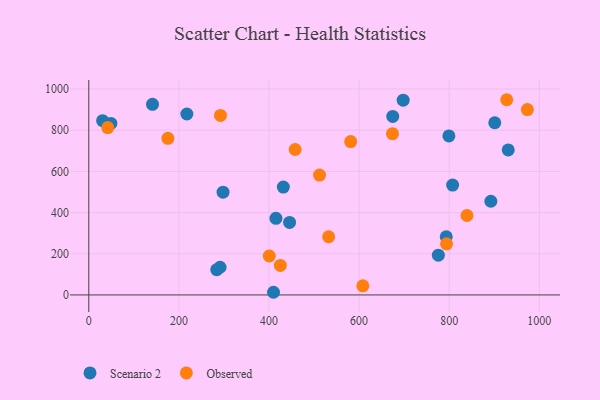
{"axis": {"x": "Study Hours", "y": "Demand"}, "legend": ["Observed", "Scenario 2"], "data": [{"x": "793.4", "y": 282.3, "type": "Scenario 2"}, {"x": "284.0", "y": 122.8, "type": "Scenario 2"}, {"x": "298.0", "y": 498.8, "type": "Scenario 2"}, {"x": "807.6", "y": 533.3, "type": "Scenario 2"}, {"x": "49.0", "y": 833.0, "type": "Scenario 2"}, {"x": "141.4", "y": 925.4, "type": "Scenario 2"}, {"x": "799.3", "y": 772.0, "type": "Scenario 2"}, {"x": "901.1", "y": 836.1, "type": "Scenario 2"}, {"x": "410.0", "y": 12.9, "type": "Scenario 2"}, {"x": "445.7", "y": 352.0, "type": "Scenario 2"}, {"x": "415.4", "y": 371.8, "type": "Scenario 2"}, {"x": "674.7", "y": 866.8, "type": "Scenario 2"}, {"x": "30.7", "y": 846.0, "type": "Scenario 2"}, {"x": "775.9", "y": 193.2, "type": "Scenario 2"}, {"x": "697.8", "y": 945.7, "type": "Scenario 2"}, {"x": "291.4", "y": 134.3, "type": "Scenario 2"}, {"x": "892.4", "y": 454.8, "type": "Scenario 2"}, {"x": "931.0", "y": 704.3, "type": "Scenario 2"}, {"x": "431.8", "y": 523.7, "type": "Scenario 2"}, {"x": "217.7", "y": 878.6, "type": "Scenario 2"}, {"x": "532.4", "y": 282.5, "type": "Observed"}, {"x": "425.2", "y": 143.1, "type": "Observed"}, {"x": "927.7", "y": 947.9, "type": "Observed"}, {"x": "42.1", "y": 812.6, "type": "Observed"}, {"x": "292.3", "y": 871.5, "type": "Observed"}, {"x": "400.6", "y": 189.1, "type": "Observed"}, {"x": "175.6", "y": 760.4, "type": "Observed"}, {"x": "608.3", "y": 44.4, "type": "Observed"}, {"x": "839.4", "y": 385.6, "type": "Observed"}, {"x": "674.1", "y": 783.1, "type": "Observed"}, {"x": "794.1", "y": 248.1, "type": "Observed"}, {"x": "973.5", "y": 900.1, "type": "Observed"}, {"x": "458.0", "y": 706.2, "type": "Observed"}, {"x": "512.2", "y": 581.8, "type": "Observed"}, {"x": "581.3", "y": 744.7, "type": "Observed"}]}